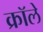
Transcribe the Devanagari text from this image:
क्रॉले